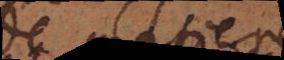
de parler